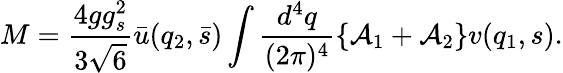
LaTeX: M=\frac{4gg_{s}^{2}}{3\sqrt 6}{\bar{u}}(q_{2},{\bar{s}})\int\frac{d^{4}q}{(2\pi)^{4}}\left\{ {\cal A}_{1}+{\cal A}_{2}\right\} v(q_{1},s).